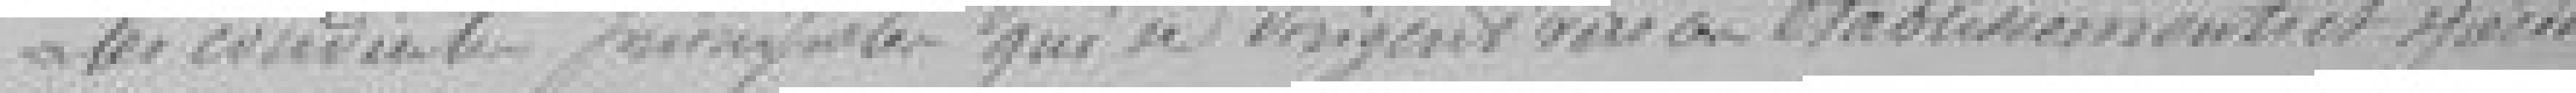
les conduites principales qui se dirigent vers ces établissements et